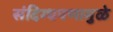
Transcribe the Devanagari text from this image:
संदिग्धपणामुळे